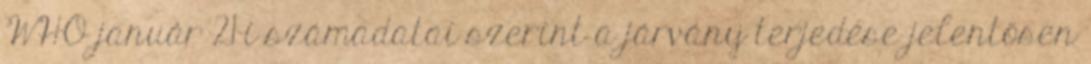
WHO január 21-i számadatai szerint a járvány terjedése jelentősen